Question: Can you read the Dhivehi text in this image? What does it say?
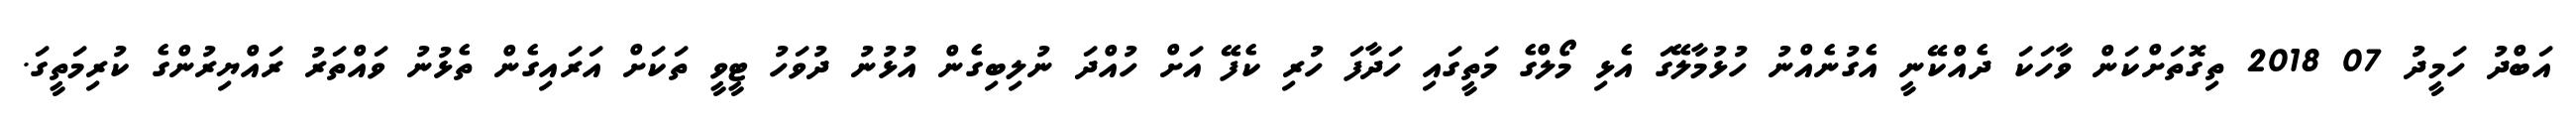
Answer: އަބްދު ހަމީދު 07 2018 ތިގޮތަށްކަން ވާހަކަ ދެއްކޭނީ އެގުނެއްނު ހުޅުމާލޭގަ އެޅި މޯލްގެ މަތީގައި ހަދާފަ ހުރި ކެފޭ އަށް ހުއްދަ ނުލިބިގެން އުޅުނު ދުވަހު ޓީވީ ތަކަށް އަރައިގެން ތެޅުނު ވައްތަރު ރައްޔިރުންގެ ކުރިމަތީގަ.